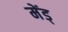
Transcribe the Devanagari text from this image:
मेंड्